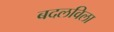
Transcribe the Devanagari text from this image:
बदलविला